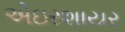
એઇરશાયર